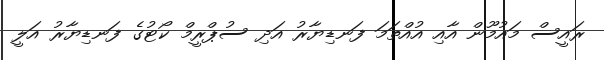
ރައީސް މައުމޫން އާއި އުއްތަމަ ފަނޑިޔާރު އަދި ސުޕްރީމް ކޯޓުގެ ފަނޑިޔާރު އަލީ